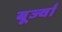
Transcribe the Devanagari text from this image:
बूर्ज्वा